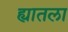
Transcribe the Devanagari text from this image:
ह्यातला